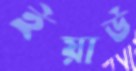
ইয়াউ